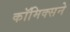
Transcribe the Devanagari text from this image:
कॉमिक्सने